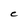
Character: C